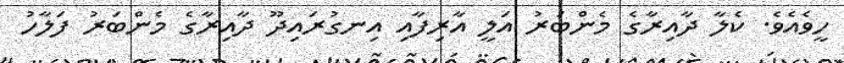
ހީވެއެވެ. ކެލާ ދާއިރާގެ މެންބަރު އަލީ އާރިފާއި އިނގުރައިދޫ ދާއިރާގެ މެންބަރު ފަލާހު